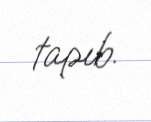
tapıb.